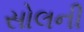
સોલની